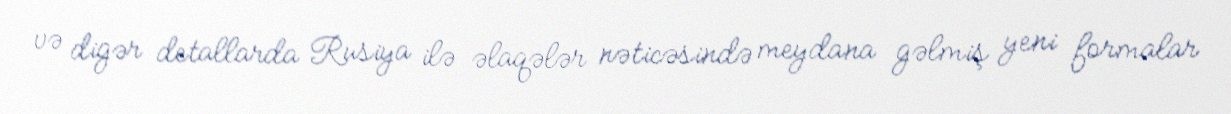
və digər detallarda Rusiya ilə əlaqələr nəticəsində meydana gəlmiş yeni formalar